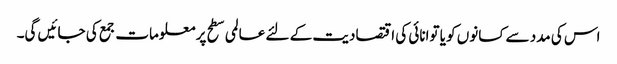
اس کی مدد سے کسانوں کو یا توانائی کی اقتصادیت کے لئے عالمی سطح پر معلومات جمع کی جائیں گی۔